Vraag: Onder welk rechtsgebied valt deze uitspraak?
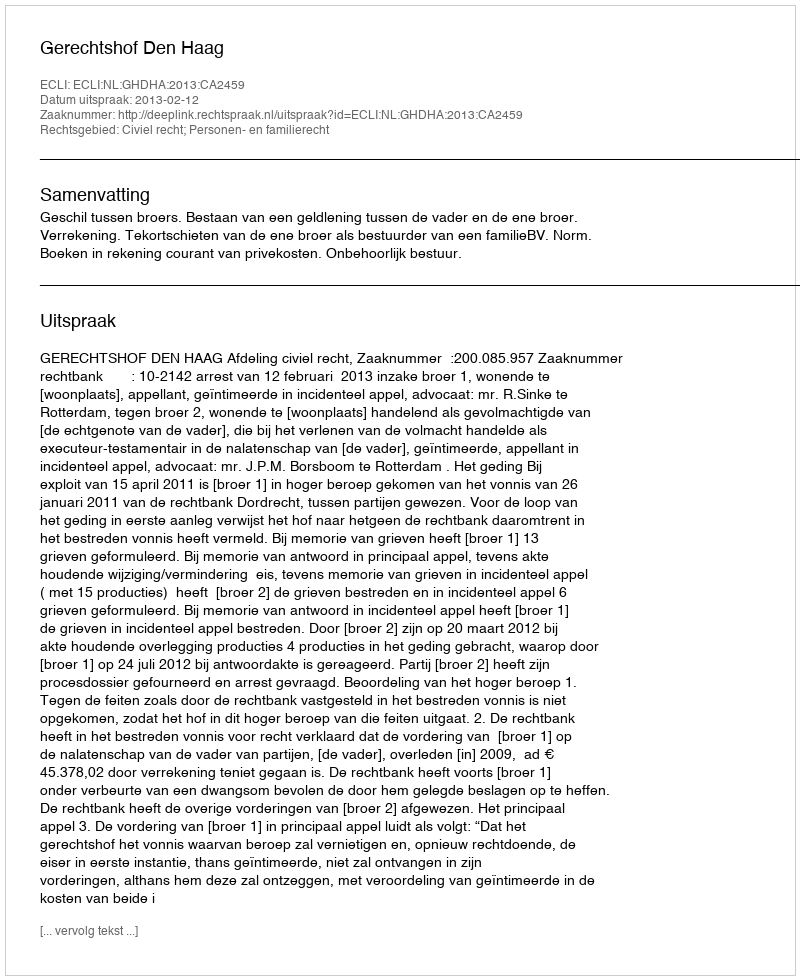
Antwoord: Civiel recht; Personen- en familierecht